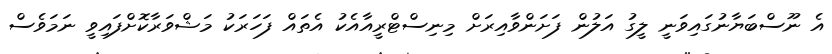
އެ ނޫސްބަޔާނުގައިވަނީ ލީގު އަލުން ފަށަންވާއިރަށް މިނިސްޓްރީއާއެކު އެތައް ފަހަރަކު މަޝްވަރާކޮށްފައިވީ ނަމަވެސް